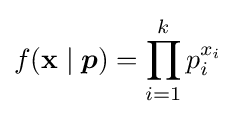
f(\mathbf {x} \mid {\boldsymbol {p}})=\prod _{i=1}^{k}p_{i}^{x_{i}}